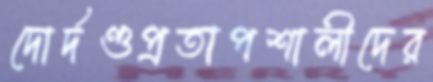
দোর্দণ্ডপ্রতাপশালীদের